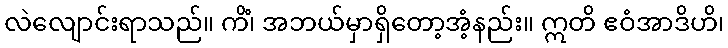
လဲလျောင်းရာသည်။ ကိံ၊ အဘယ်မှာရှိတော့အံ့နည်း။ ဣတိ ဧဝံအာဒိဟိ၊